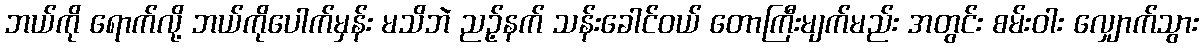
ဘယ်ကို ရောက်လို့ ဘယ်ကိုပေါက်မှန်း မသိဘဲ ညဉ့်နက် သန်းခေါင်ဝယ် တောကြီးမျက်မည်း အတွင်း စမ်းဝါး လျှောက်သွား